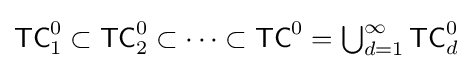
{\textstyle {\mathsf {TC}}_{1}^{0}\subset {\mathsf {TC}}_{2}^{0}\subset \cdots \subset {\mathsf {TC}}^{0}=\bigcup _{d=1}^{\infty }{\mathsf {TC}}_{d}^{0}}